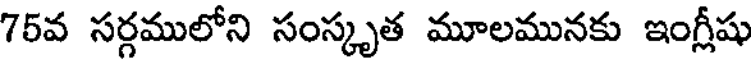
75వ సర్గములోని సంస్కృత మూలమునకు ఇంగ్లీషు